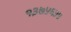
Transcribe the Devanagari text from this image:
१३७५६५५